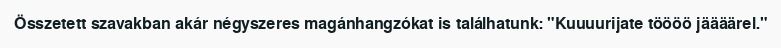
Összetett szavakban akár négyszeres magánhangzókat is találhatunk: "Kuuuurijate töööö jäääärel."